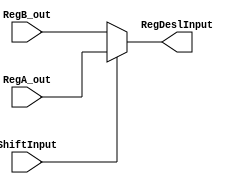
module MuxInputRegDesl (
  input wire ShiftInput,
  input wire [31:0] RegB_out,
  input wire [31:0] RegA_out,
  output reg [31:0] RegDeslInput
);

  always @(*) begin
    RegDeslInput = (ShiftInput ? RegA_out : RegB_out);
  end
endmodule

// 0 => RegB_out
// 1 => RegA_out